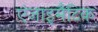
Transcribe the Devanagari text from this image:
एंजाइमैटिक